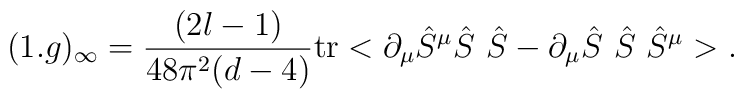
(1.g)_\infty = \frac{(2l-1)}{48\pi^2(d-4)}\mbox{tr} <\partial_\mu \hat S^\mu \hat S\ \hat S -\partial_\mu \hat S\ \hat S\ \hat S^\mu>.